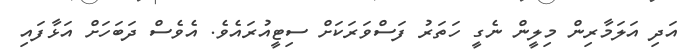
އަދި އަލަމާރިން މިލީން ނެގީ ހަތަރު ފަސްވަރަކަށް ސިޓީއުރައެވެ. އެވެސް ދަބަހަށް އަޅާފައި